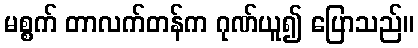
မစ္စက် တာလက်တန်က ဂုဏ်ယူ၍ ပြောသည်။